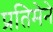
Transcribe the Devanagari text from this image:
प्रतिमेने